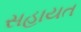
સહાયત